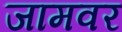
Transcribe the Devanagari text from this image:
जामवर